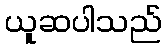
ယူဆပါသည်